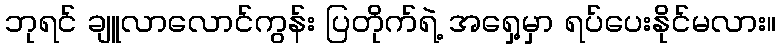
ဘုရင် ချူလာလောင်ကွန်း ပြတိုက်ရဲ့ အရှေ့မှာ ရပ်ပေးနိုင်မလား။